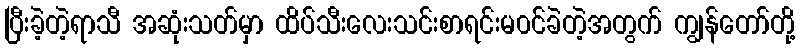
ပြီးခဲ့တဲ့ရာသီ အဆုံးသတ်မှာ ထိပ်သီးလေးသင်းစာရင်းမ၀င်ခဲတဲ့အတွက် ကျွန်တော်တို့